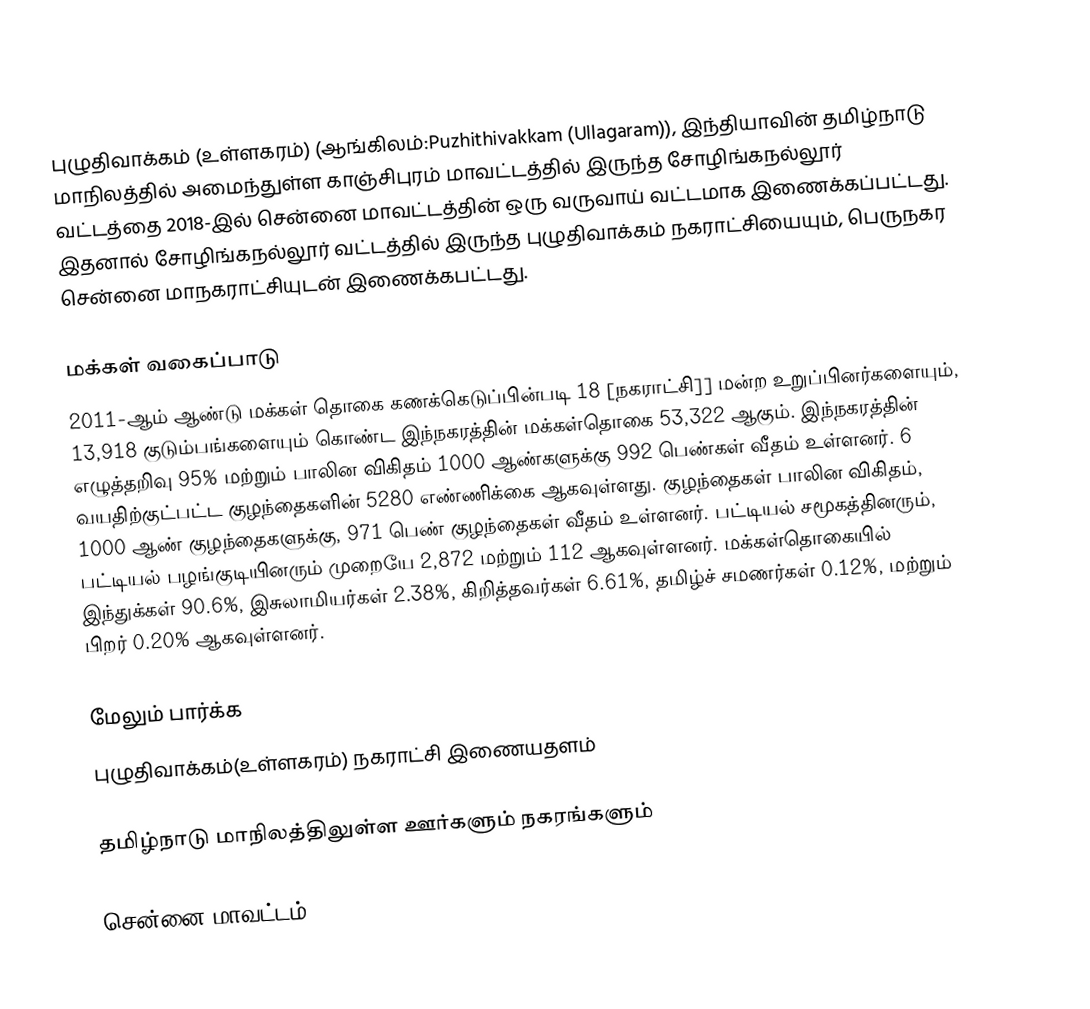
புழுதிவாக்கம் (உள்ளகரம்) (ஆங்கிலம்:Puzhithivakkam (Ullagaram)), இந்தியாவின் தமிழ்நாடு மாநிலத்தில் அமைந்துள்ள காஞ்சிபுரம் மாவட்டத்தில் இருந்த  சோழிங்கநல்லூர் வட்டத்தை 2018-இல் சென்னை மாவட்டத்தின் ஒரு வருவாய் வட்டமாக இணைக்கப்பட்டது. இதனால் சோழிங்கநல்லூர் வட்டத்தில் இருந்த புழுதிவாக்கம் நகராட்சியையும்,  பெருநகர சென்னை மாநகராட்சியுடன் இணைக்கபட்டது.

மக்கள் வகைப்பாடு
2011-ஆம் ஆண்டு மக்கள் தொகை கணக்கெடுப்பின்படி 18 [நகராட்சி]] மன்ற உறுப்பினர்களையும், 13,918 குடும்பங்களையும் கொண்ட இந்நகரத்தின் மக்கள்தொகை  53,322 ஆகும். இந்நகரத்தின் எழுத்தறிவு 95%   மற்றும் பாலின விகிதம் 1000 ஆண்களுக்கு 992 பெண்கள் வீதம் உள்ளனர். 6 வயதிற்குட்பட்ட குழந்தைகளின் 5280  எண்ணிக்கை ஆகவுள்ளது. குழந்தைகள் பாலின விகிதம், 1000 ஆண் குழந்தைகளுக்கு, 971 பெண் குழந்தைகள் வீதம் உள்ளனர். பட்டியல் சமூகத்தினரும், பட்டியல் பழங்குடியினரும்  முறையே 2,872  மற்றும் 112  ஆகவுள்ளனர். மக்கள்தொகையில் இந்துக்கள் 90.6%,  இசுலாமியர்கள் 2.38%, கிறித்தவர்கள் 6.61%, தமிழ்ச் சமணர்கள் 0.12%, மற்றும் பிறர் 0.20% ஆகவுள்ளனர்.

மேலும் பார்க்க
 புழுதிவாக்கம்(உள்ளகரம்) நகராட்சி இணையதளம்

தமிழ்நாடு மாநிலத்திலுள்ள ஊர்களும் நகரங்களும்

சென்னை மாவட்டம்